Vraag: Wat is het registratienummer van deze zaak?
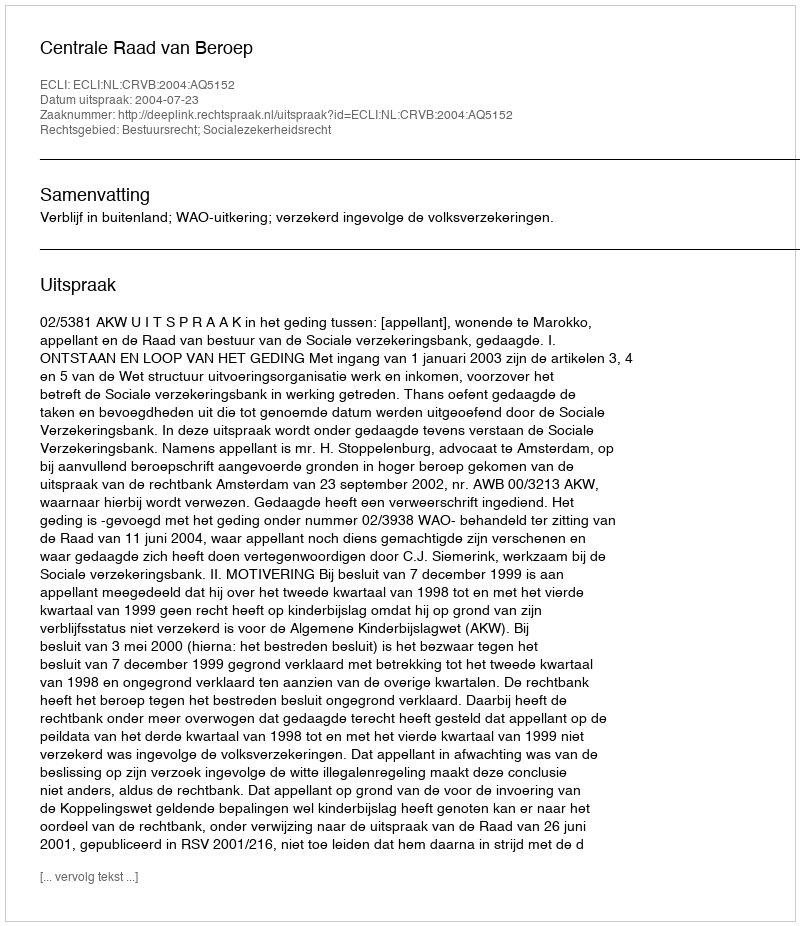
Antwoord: http://deeplink.rechtspraak.nl/uitspraak?id=ECLI:NL:CRVB:2004:AQ5152